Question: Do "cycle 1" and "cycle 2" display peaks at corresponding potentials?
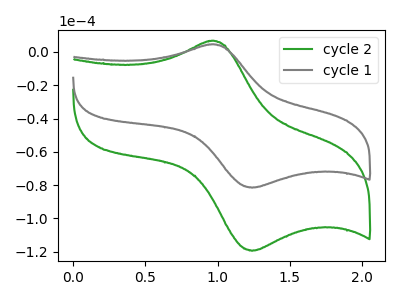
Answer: <think>The green curve "cycle 2" has an anodic peak at (0.95V, 6.60uA) and a cathodic peak at (1.25V, -119.45uA). The gray curve "cycle 1" has an anodic peak at (0.95V, 4.50uA) and a cathodic peak at (1.25V, -81.50uA).</think>
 <answer>Yes, "cycle 1" have a peak in "cycle 2" at the same potential.</answer>
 <eval>match</eval>